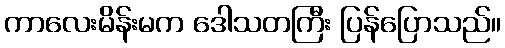
ကာလေးမိန်းမက ဒေါသတကြီး ပြန်ပြောသည်။